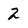
Character: 2